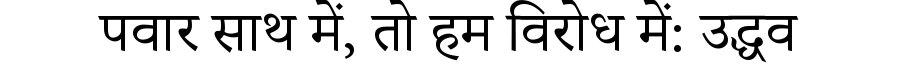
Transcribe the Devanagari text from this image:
पवार साथ में, तो हम विरोध में: उद्धव